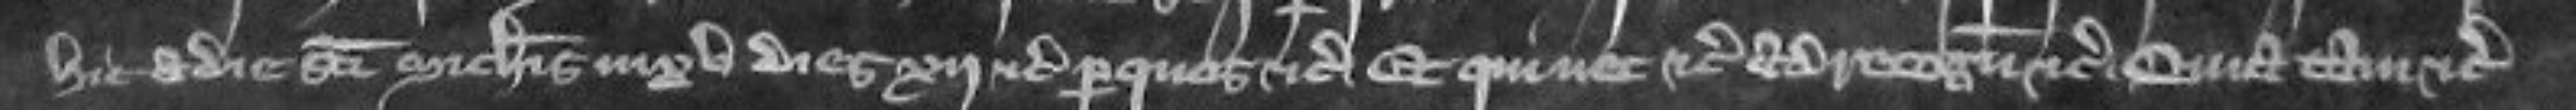
hic a die Sancti Michaelis in xv dies xij etc per quos etc Et qui nec etc ad recognoscendum etc Quia tam etc